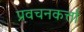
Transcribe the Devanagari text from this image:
प्रवचनकर्त्ता